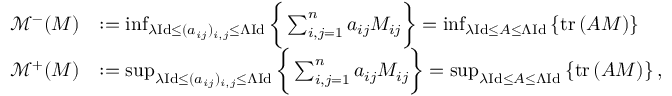
\begin{array} { r l } { \mathcal { M } ^ { - } ( M ) } & { : = \operatorname* { i n f } _ { \lambda \mathrm { I d } \le ( a _ { i j } ) _ { i , j } \le \Lambda \mathrm { I d } } \bigg \{ \sum _ { i , j = 1 } ^ { n } a _ { i j } M _ { i j } \bigg \} = \operatorname* { i n f } _ { \lambda \mathrm { I d } \le A \le \Lambda \mathrm { I d } } \left\{ \mathrm { t r } \, ( A M ) \right\} } \\ { \mathcal { M } ^ { + } ( M ) } & { : = \operatorname* { s u p } _ { \lambda \mathrm { I d } \le ( a _ { i j } ) _ { i , j } \le \Lambda \mathrm { I d } } \bigg \{ \sum _ { i , j = 1 } ^ { n } a _ { i j } M _ { i j } \bigg \} = \operatorname* { s u p } _ { \lambda \mathrm { I d } \le A \le \Lambda \mathrm { I d } } \left\{ \mathrm { t r } \, ( A M ) \right\} , } \end{array}